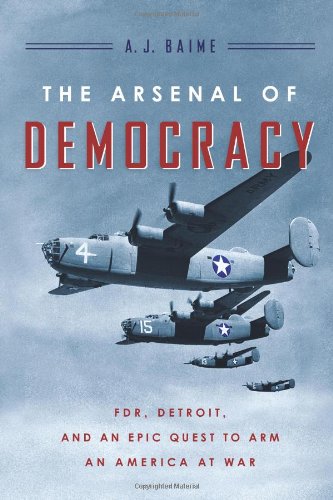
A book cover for The Arsenal of Democracy: FDR, Detroit, and an Epic Quest to Arm an America at War; A. J. Baime; Business & Money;